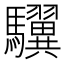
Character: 龮